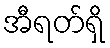
အီရတ်ရှိ